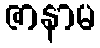
ဇာနာမ